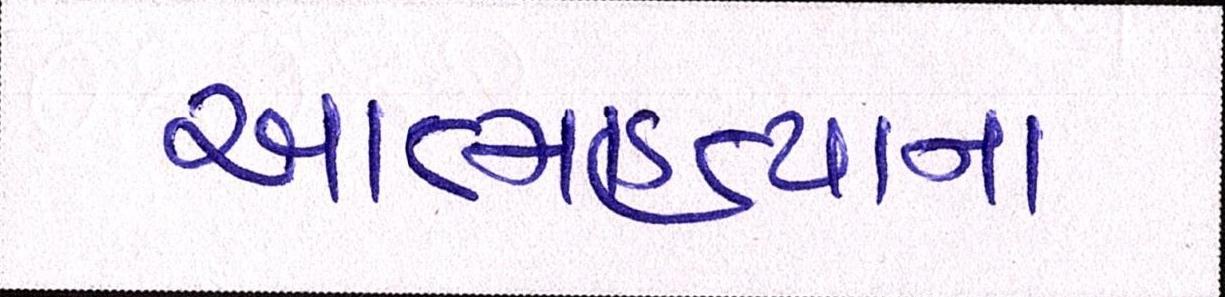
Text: આત્મહત્યાના